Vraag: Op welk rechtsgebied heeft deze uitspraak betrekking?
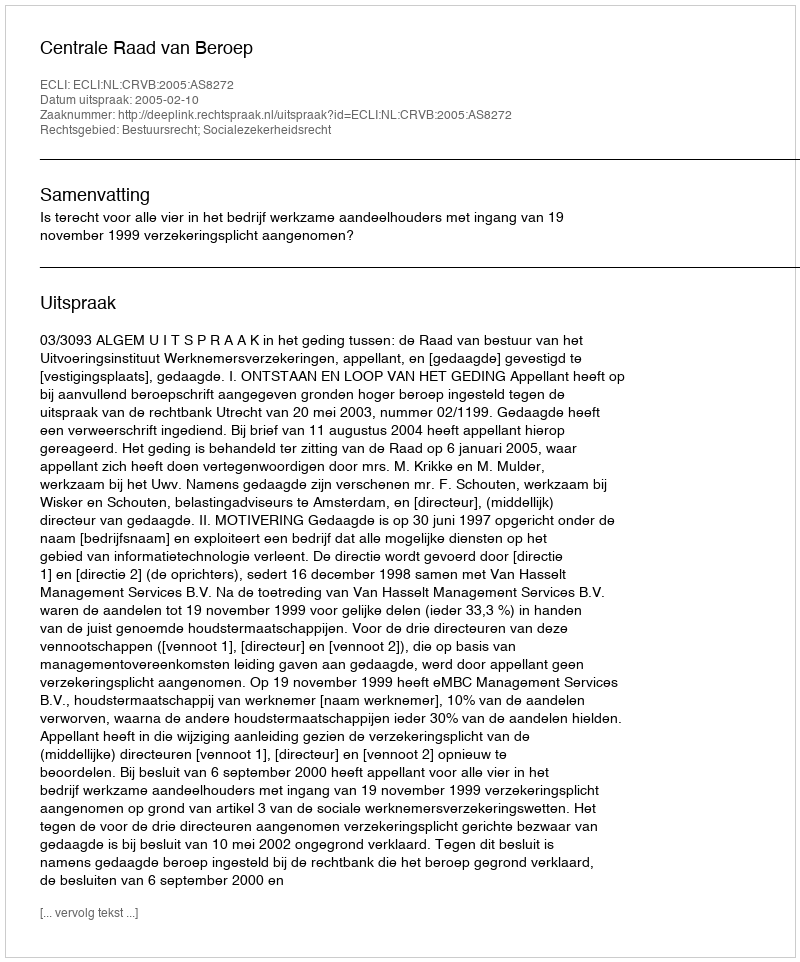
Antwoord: Bestuursrecht; Socialezekerheidsrecht